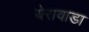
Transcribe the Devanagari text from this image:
येरावाडा